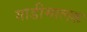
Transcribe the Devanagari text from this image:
गाडीमालक